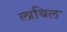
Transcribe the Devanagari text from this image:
लाबिल